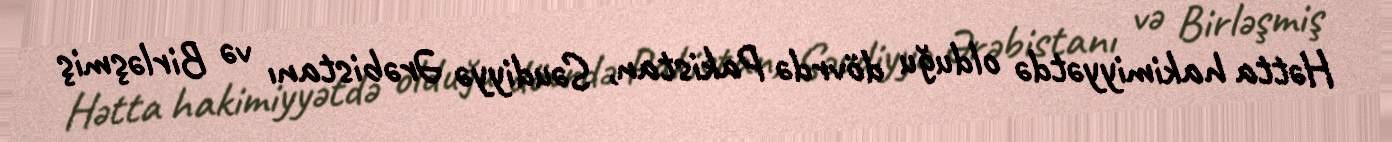
Hətta hakimiyyətdə olduğu dövrdə Pakistan, Səudiyyə Ərəbistanı və Birləşmiş